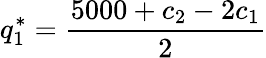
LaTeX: q_{1}^{*}={\frac{5000+c_{2}-2c_{1}}{2}}